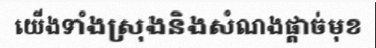
យើងទាំងស្រុងនិងសំណងផ្តាច់មុខ